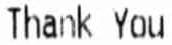
THANK YOU